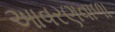
આવરણવાળા